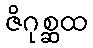
ဇိဂုစ္ဆထ